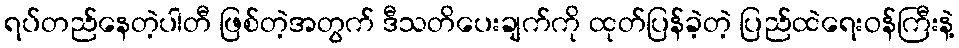
ရပ်တည်နေတဲ့ပါတီ ဖြစ်တဲ့အတွက် ဒီသတိပေးချက်ကို ထုတ်ပြန်ခဲ့တဲ့ ပြည်ထဲရေးဝန်ကြီးနဲ့